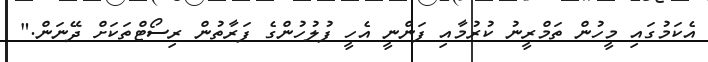
އެކަމުގައި މީހުން ތަމްރީނު ކުރުމާއި ފަންނީ އެހީ ފުލުހުންގެ ފަރާތުން ރިސޯޓްތަކަށް ދޭނަން."